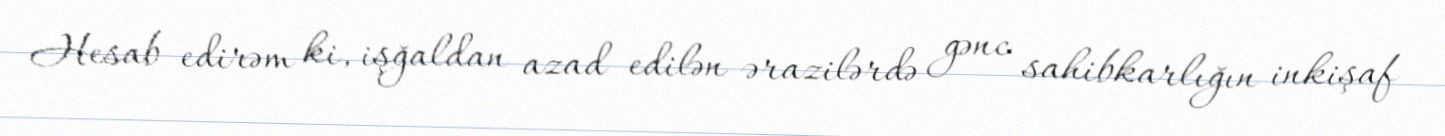
Hesab edirəm ki, işğaldan azad edilən ərazilərdə gənc sahibkarlığın inkişaf